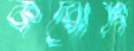
করোগি